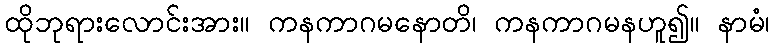
ထိုဘုရားလောင်းအား။ ကနကာဂမနောတိ၊ ကနကာဂမနဟူ၍။ နာမံ၊